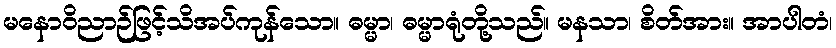
မနောဝိညာဉ်ဖြင့်သိအပ်ကုန်သော။ ဓမ္မာ၊ ဓမ္မာရုံတို့သည်။ မနသာ၊ စိတ်အား။ အာပါတံ၊